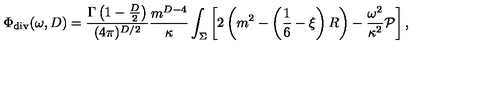
\Phi _ { \mathrm { d i v } } ( \omega , D ) = { \frac { \Gamma \left( 1 - \frac D 2 \right) } { ( 4 \pi ) ^ { D / 2 } } } { \frac { m ^ { D - 4 } } { \kappa } } \int _ { \Sigma } \left[ 2 \left( m ^ { 2 } - \left( \frac 1 6 - \xi \right) R \right) - { \frac { \omega ^ { 2 } } { \kappa ^ { 2 } } } { \cal P } \right] ,